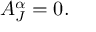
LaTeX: A _ { J } ^ { \alpha } = 0 .